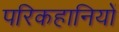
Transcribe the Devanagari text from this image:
परिकहानियों